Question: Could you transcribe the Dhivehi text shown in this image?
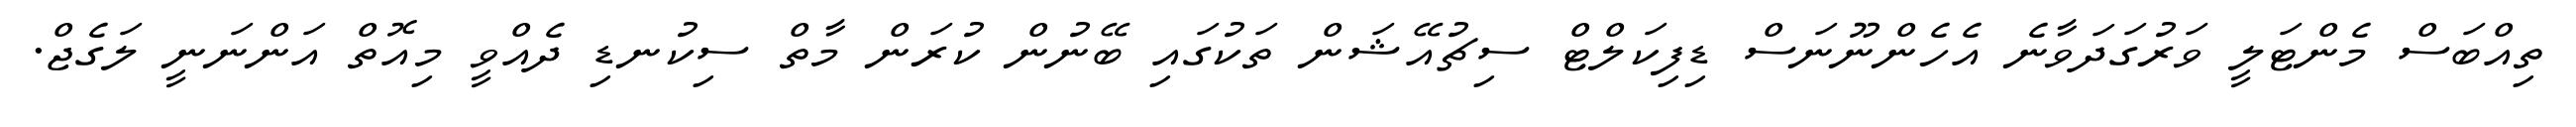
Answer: ތިއްބަސް މެންޓަލީ ވަރުގަދަވާނެ އެހެންނޫނަސް ޑިފިކަލްޓް ސިޗުއޭޝަން ތަކުގައި ބޭނުން ކުރަން މާތް ސިކުނޑި ދެއްވީ މިއޮތް އަންނަނީ ލަގެޖް.